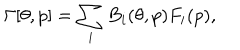
\Gamma [ \theta , p ] = \sum _ { i } B _ { i } ( \theta , p ) F _ { i } ( p ) ,